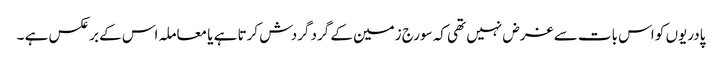
پادریوں کو اس بات سے غرض نہیں تھی کہ سورج زمین کے گرد گردش کرتا ہے یا معاملہ اس کے برعکس ہے ۔